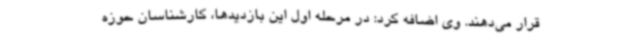
قرار می‌دهند. وی اضافه کرد: در مرحله اول این بازدیدها، کارشناسان حوزه